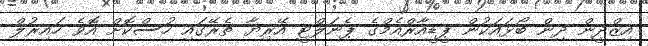
އިޒްދީން ދިން ބޯޅައަކުން ޕީޑީއާރްއެމްގެ ޕެނަލްޓީ އޭރިޔާ ތެރޭގައި ހުސްކޮށް އޮވެ ހައިރުލް